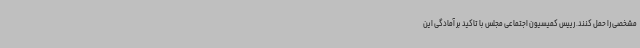
مشخصی را حمل کنند. رییس کمیسیون اجتماعی مجلس با تاکید بر آمادگی این